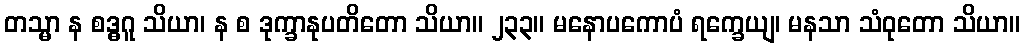
တသ္မာ န စဒ္ဓဂူ သိယာ၊ န စ ဒုက္ခာနုပတိတော သိယာ။ ၂၃၃။ မနောပကောပံ ရက္ခေယျ၊ မနသာ သံဝုတော သိယာ။